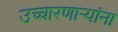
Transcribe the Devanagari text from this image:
उच्चारणार्‍यांना